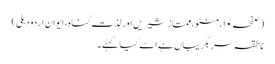
(صفحہ ۱۰، منٹو، ممتاز شیریں اور لذت گناہ، ایوانِ اردو دہلی)
ناطقہ سربگریباں ہے اسے کیا کہئے۔